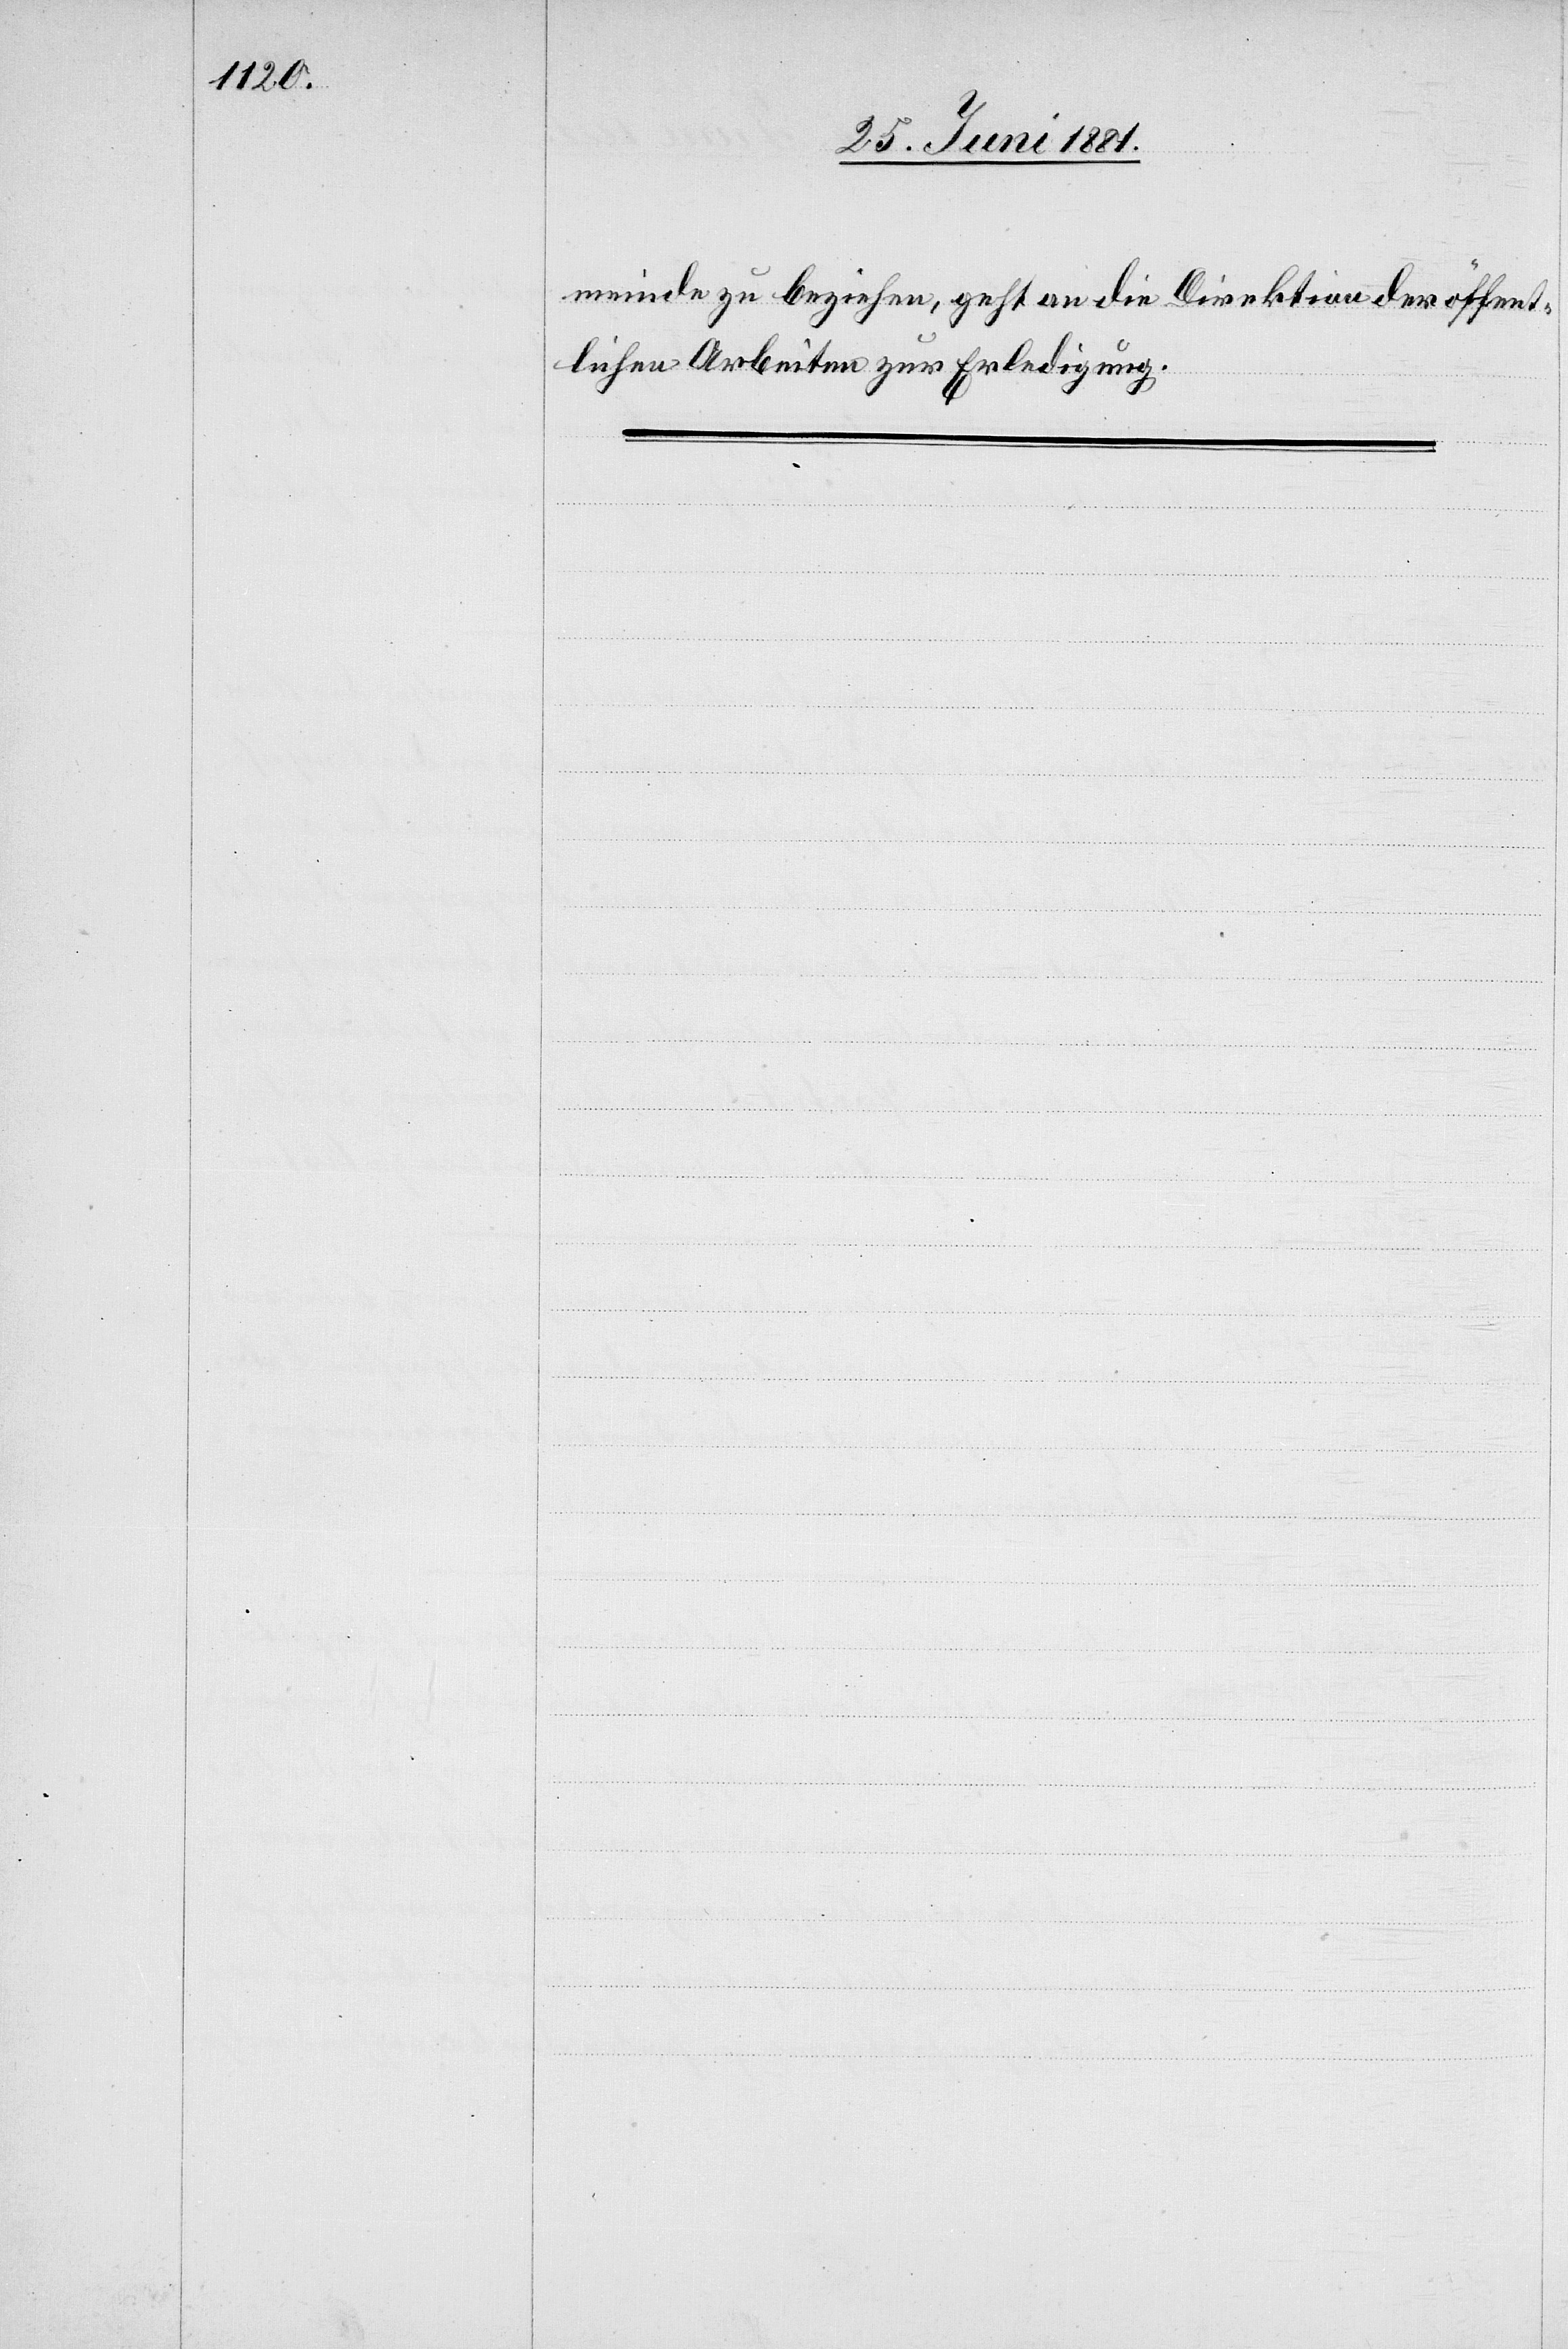
meinde zu beziehen, geht an die Direktion der öffent¬
lichen Arbeiten zur Erle¬
digung.